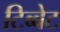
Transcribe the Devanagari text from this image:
टिब्बेट